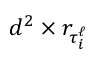
{ d ^ { 2 } \times r _ { \tau _ { i } ^ { \ell } } }